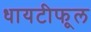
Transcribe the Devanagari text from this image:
धायटीफूल